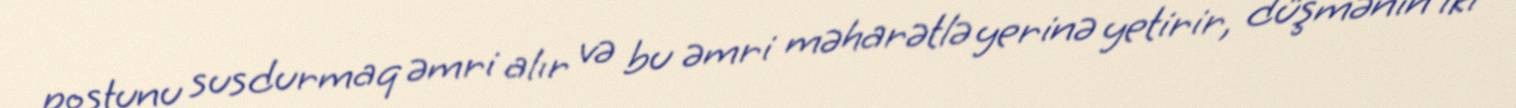
postunu susdurmaq əmri alır və bu əmri məharətlə yerinə yetirir, düşmənin iki